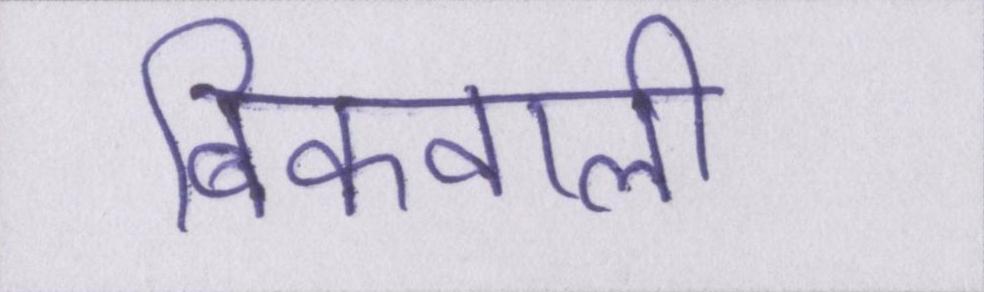
बिकवाली